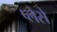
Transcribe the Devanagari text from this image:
प्लेसे